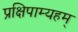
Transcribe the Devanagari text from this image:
प्रक्षिपाम्यहम्